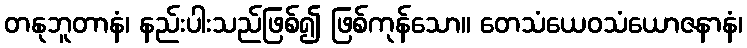
တနုဘူတာနံ၊ နည်းပါးသည်ဖြစ်၍ ဖြစ်ကုန်သော။ တေသံယေဝသံယောဇနာနံ၊